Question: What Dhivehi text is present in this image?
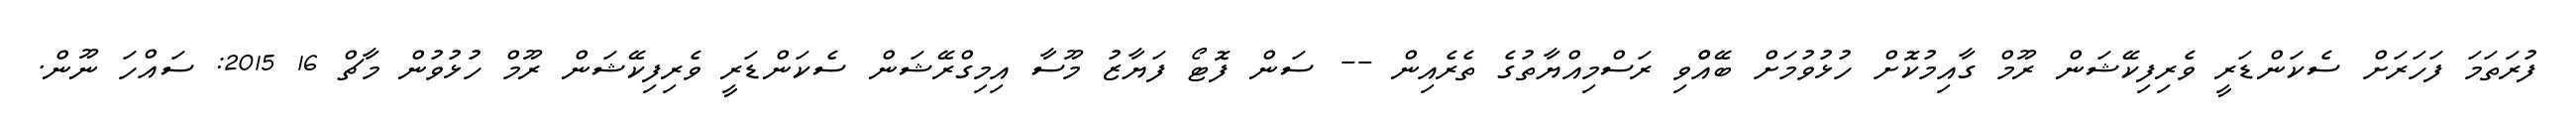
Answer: ފުރަތަމަ ފަހަރަށް ސެކަންޑަރީ ވެރިފިކޭޝަން ރޫމް ގާއިމުކޮށް ހުޅުވުމަށް ބޭއްްވި ރަސްމިއްޔާތުގެ ތެރެއިން -- ސަން ފޮޓޯ ފަޔާޒު މޫސާ އިމިގްރޭޝަން ސެކަންޑަރީ ވެރިފިކޭޝަން ރޫމް ހުޅުވުން މާޗް 16 2015: ސައްހަ ނޫން.